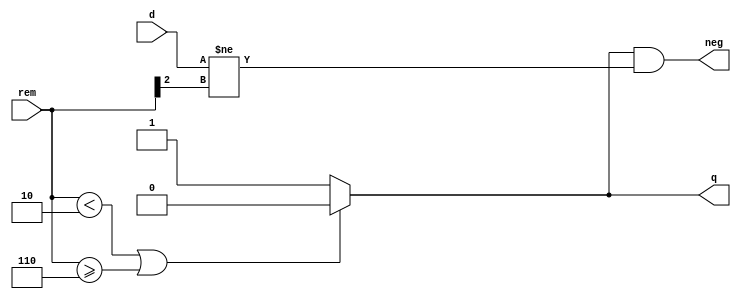
module q_sel #(
    parameter WIDTH = 8
) (
    rem     ,
    d       ,
    q       ,
    neg
);
input[2:0]  rem;
input       d;
output reg  q;
output      neg;

always @(*) begin
    if(rem<3'b010|rem>=3'b110)begin
        q = 1'b0;
    end
    else begin
        q = 1'b1;
    end
end
assign neg = q&(d!=rem[2]);
endmodule